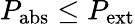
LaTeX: P_{\mathrm{abs}}\leq P_{\mathrm{ext}}